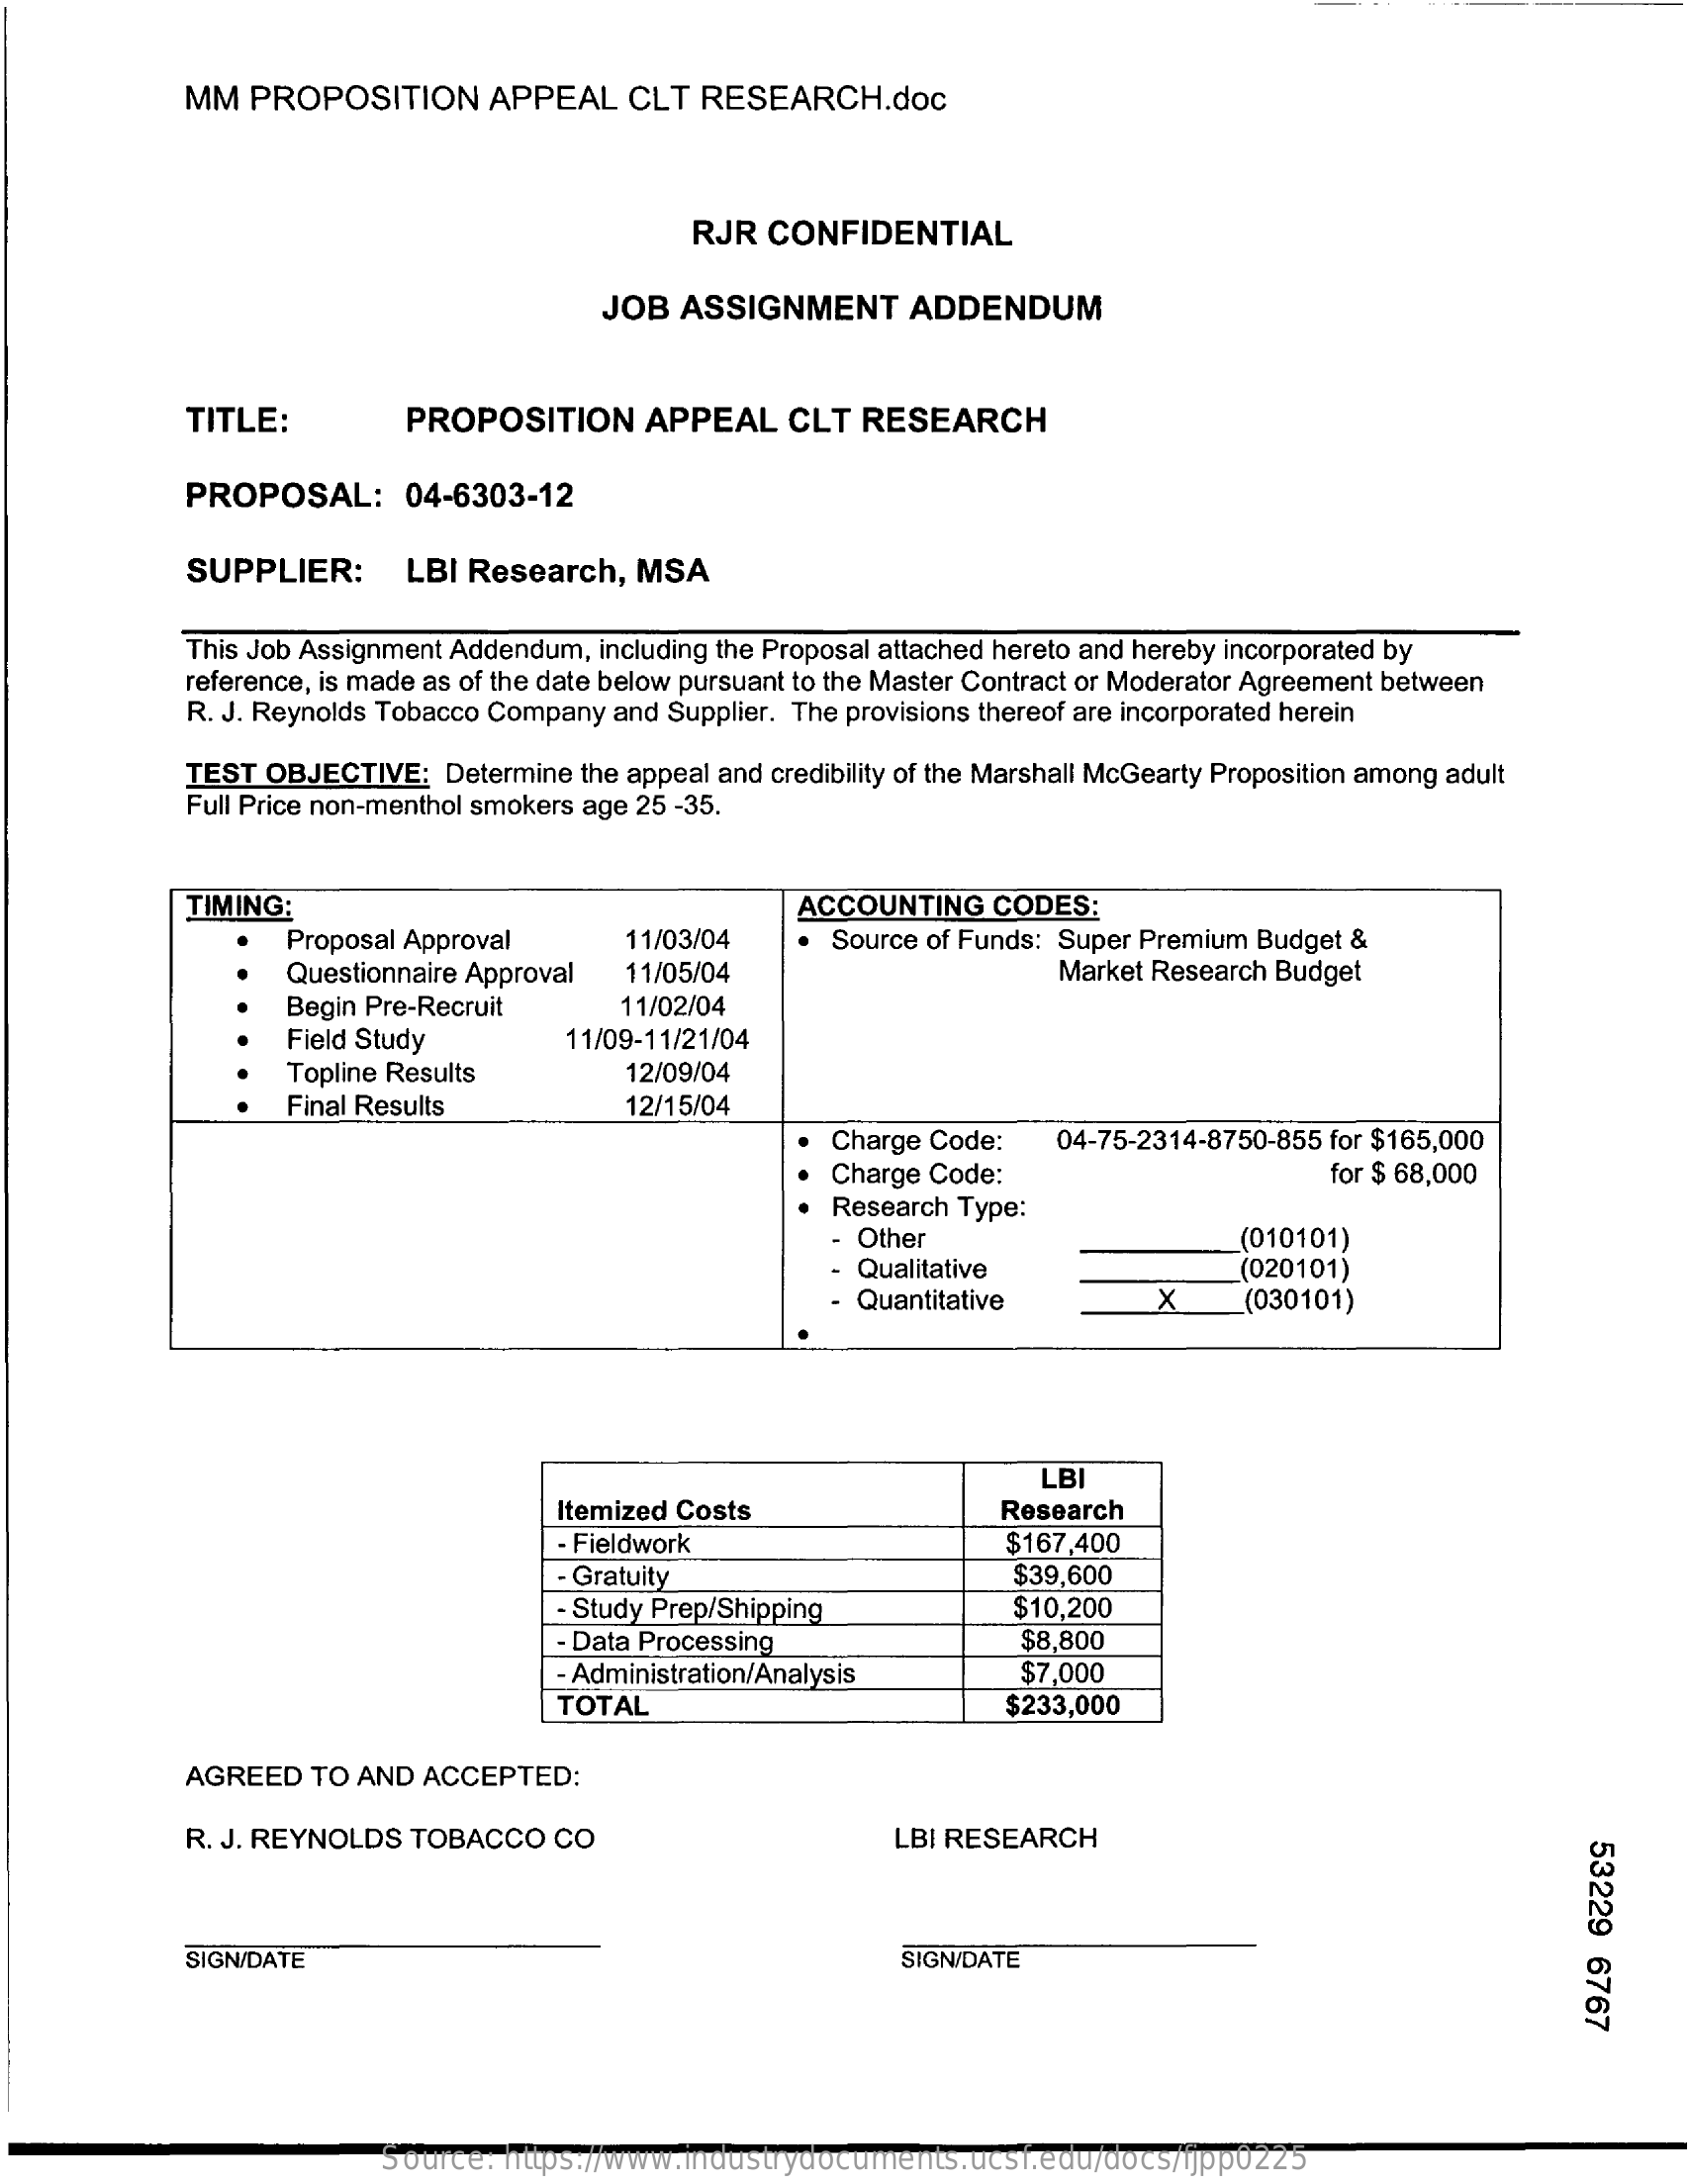
MM   PROPOSITION    APPEAL    CLT RESEARCH.doc
     RJR  CONFIDENTIAL
     JOB  ASSIGNMENT    ADDENDUM
     TITLE:    PROPOSITION    APPEAL   CLT  RESEARCH
     PROPOSAL:    04-6303-12
     SUPPLIER:    LBI Research,  MSA
     This Job Assignment Addendum, including the Proposal attached hereto and hereby incorporated by
     reference, is made as of the date below pursuant to the Master Contract or Moderator Agreement between
     R. J. Reynolds Tobacco Company and Supplier. The provisions thereof are incorporated herein
     TEST OBJECTIVE:  Determine the appeal and credibility of the Marshall McGearty Proposition among adult
     Full Price non-menthol smokers age 25 -35.
     TIMING:    ACCOUNTING   CODES:
     Proposal Approval    11/03/04    Source of Funds: Super Premium Budget &
     Questionnaire Approval 11/05/04    Market Research Budget
     Begin Pre-Recruit    11/02/04
     Field Study    11/09-11/21/04
     Topline Results    12/09/04
     Final Results    12/15/04
     Charge Code:  04-75-2314-8750-855 for $165,000
     Charge Code:    for $ 68,000
     Research Type:
     Other    (010101)
     Qualitative    (020101)
     Quantitative    X    (030101)
     LBI
     Itemized Costs    Research
     - Fieldwork    $167,400
     - Gratuity    $39,600
     - Study Prep/Shipping    $10,200
     - Data Processing    $8,800
     - Administration/Analysis    $7,000
     TOTAL    $233,000
     AGREED  TO AND ACCEPTED:
     R. J. REYNOLDS TOBACCO  CO    LBI RESEARCH
     53229
     6767
     SIGN/DATE    SIGN/DATE
     Source: https://www.industrydocuments.ucsf.edu/docs/fjpp0225